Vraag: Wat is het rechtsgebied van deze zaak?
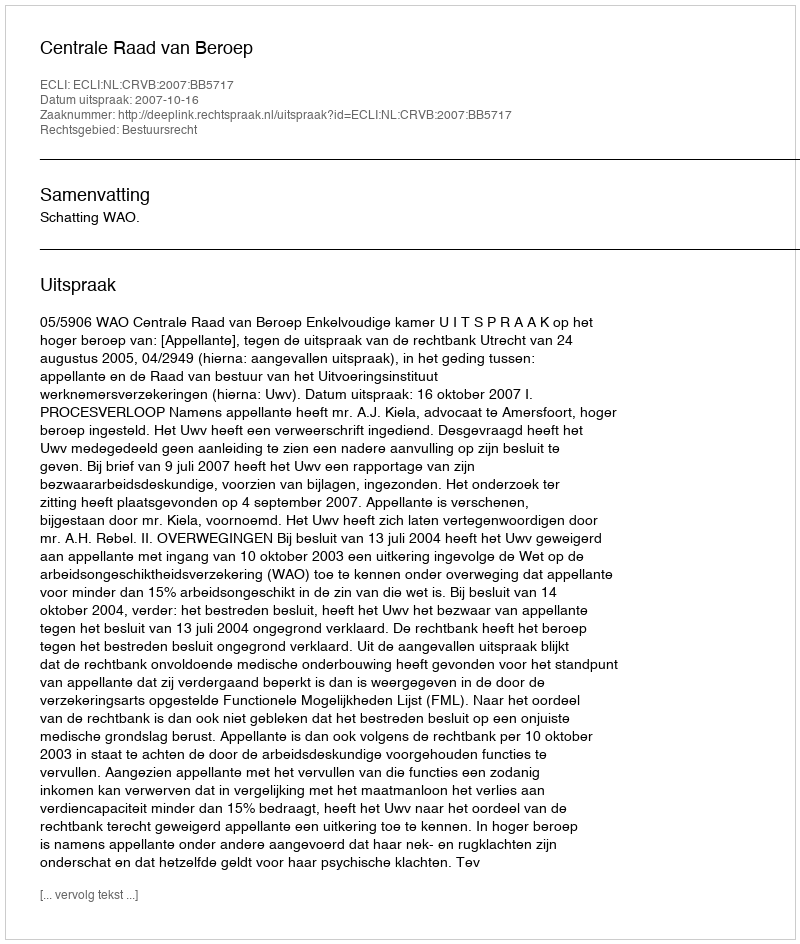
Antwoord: Bestuursrecht